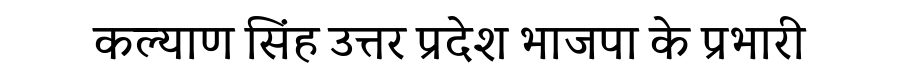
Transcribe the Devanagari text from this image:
कल्याण सिंह उत्तर प्रदेश भाजपा के प्रभारी